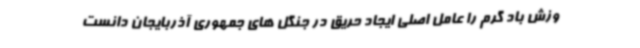
وزش باد گرم را عامل اصلی ایجاد حریق در جنگل های جمهوری آذربایجان دانست